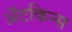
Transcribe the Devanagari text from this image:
अॅटकिन्स